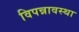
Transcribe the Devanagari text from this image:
विपन्नावस्था